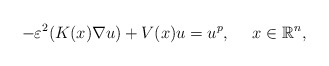
\begin{align*}-\varepsilon^2 (K(x)\nabla u) +V(x)u=u^{p},\ \ \ \ x\in \mathbb{R}^n,\end{align*}